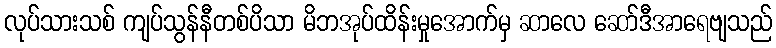
လုပ်သားသစ် ကျပ်သွန်နီတစ်ပိသာ မိဘအုပ်ထိန်းမှုအောက်မှ ဆာလေ ဆော်ဒီအာရေဗျသည်